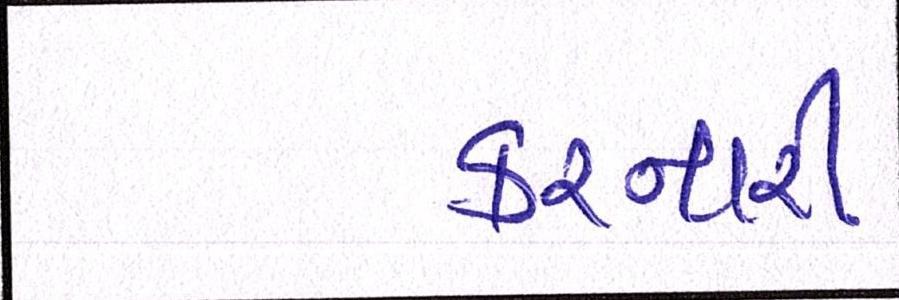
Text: કરનારી